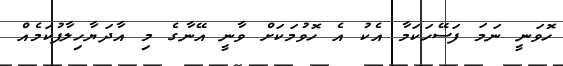
ހޮވަނީ ނަމަ ފަސޭހަކަމާ އެކު އެ ހޮވުމަކަށް ވާނީ އޭނާގެ މި އާދަޔާހިލާފުކަމެއް